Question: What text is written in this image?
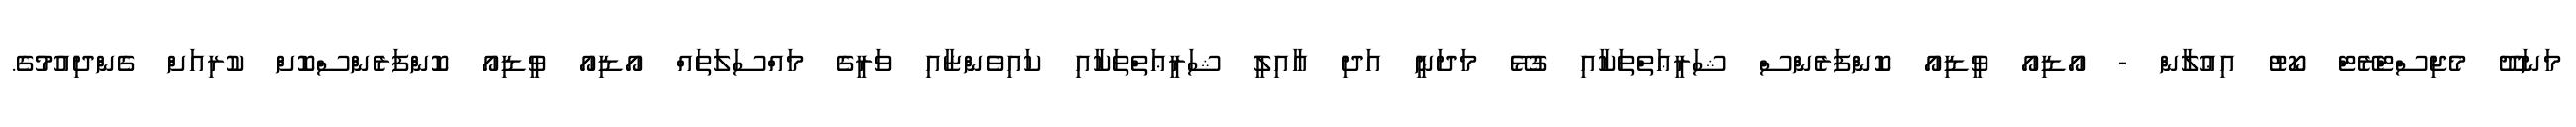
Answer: މަނަދޫ މެޖިސްޓްރޭޓް ކޯޓު އިޢުލާން - އޯޑިއޯ ވީޑިއޯ ކޮންފަރެންސް ޝަރީޢަތްތަކާއި ގުޅޭ މަދަނީ އަދި ޢާއިލީ ޝަރީޢަތްތަކާއި ކައިވެންޏާއި ވަރީގެ މައްސަލަތައް އޯޑިއޯ ވީޑިއޯ ކޮންފަރެންސްކޮށް ކުރިއަށް ގެންދިއުމުގެ.